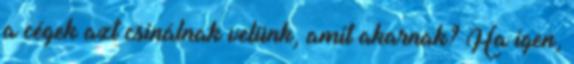
a cégek azt csinálnak velünk, amit akarnak? Ha igen,